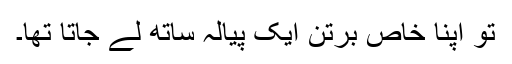
تو اپنا خاص برتن ایک پیالہ ساتھ لے جاتا تھا۔